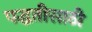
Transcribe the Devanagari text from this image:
पद्धतीसाठी